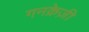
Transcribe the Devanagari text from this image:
गनक्रेज़ी